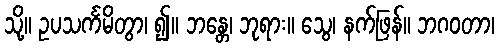
သို့။ ဥပသင်္ကမိတွာ၊ ၍။ ဘန္တေ၊ ဘုရား။ သွေ၊ နက်ဖြန်။ ဘဂဝတာ၊